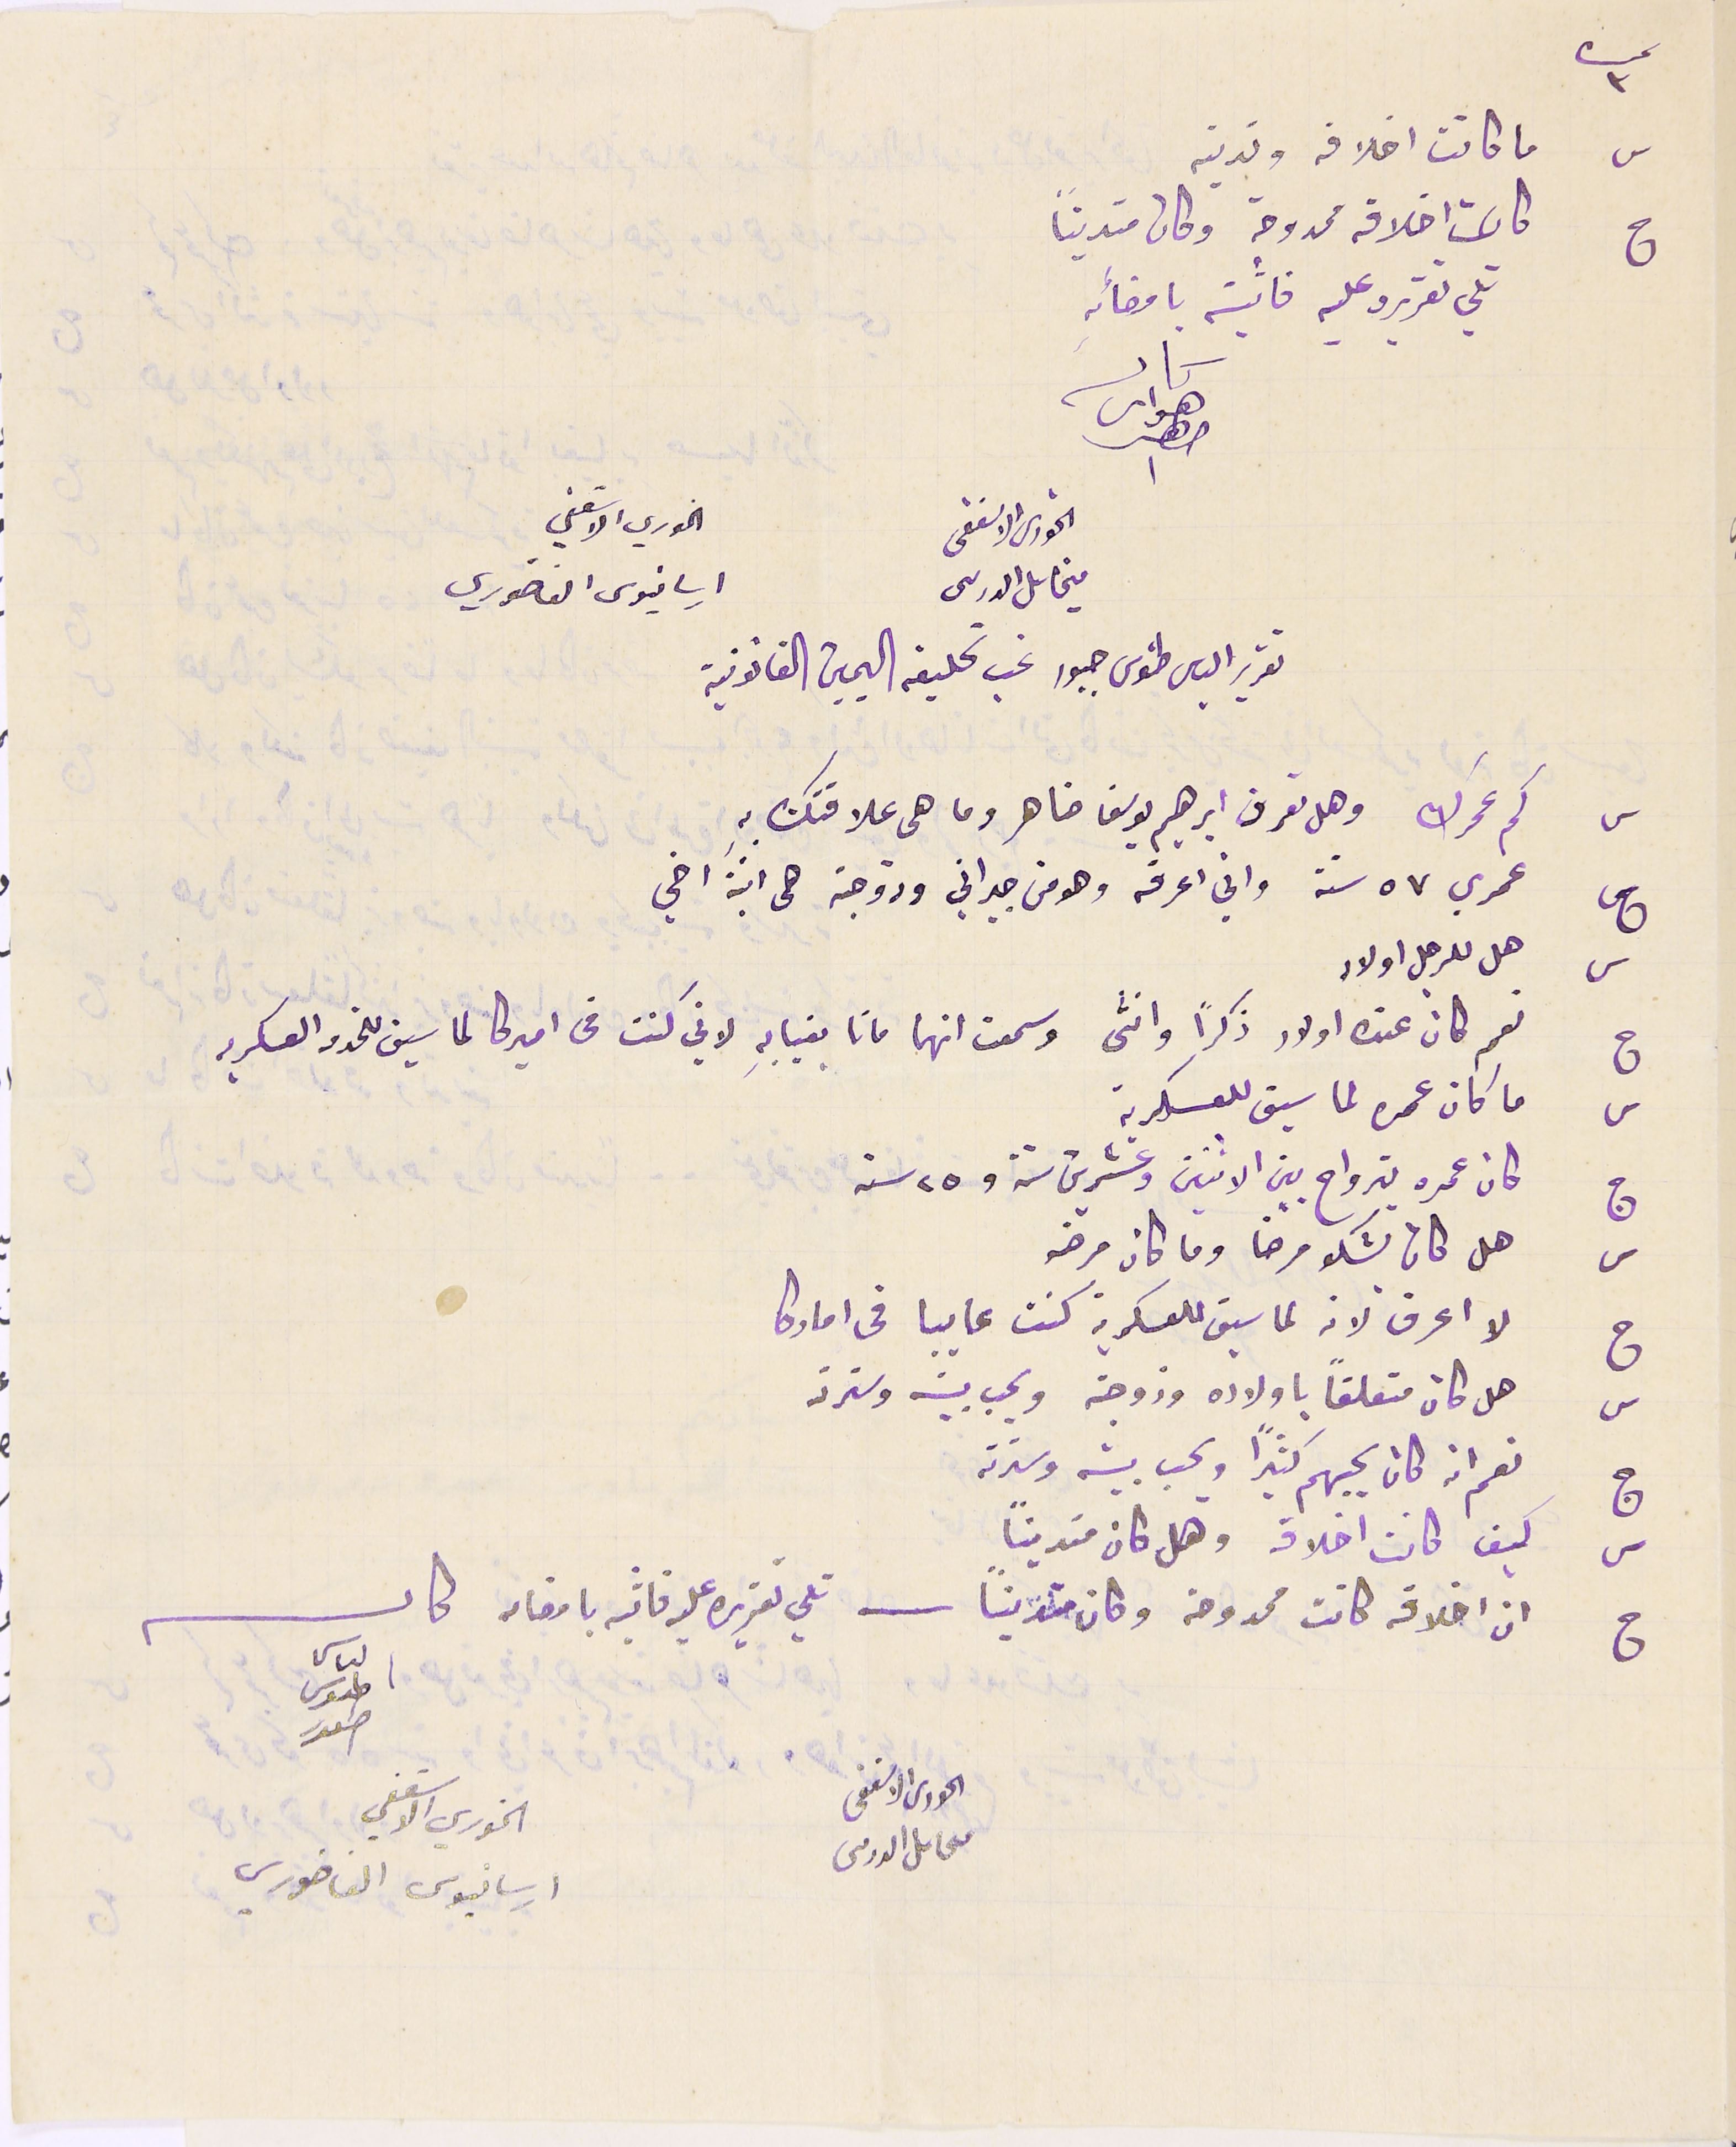
نمره ٣
س ما كانت اخلاقه وتدينه
ج كانت اخلاقه ممدوحة وكان متدينًا
تلي تقريره عليه فاثبتة بامضائهِ
الخوري الاسقفى                   الخوري الاسقفي
ميخاىل الدرىىى                        ارسانيوس الفاخوري
تقرير الياس طنوس جبور غب تحليفه اليمين القانونية
س كم عمرك وهل تعرف ابراهيم يوسف ضاهر وما هى علاقتك بهِ
ج عمري ٧٥ سنة واني اعرفه وهو من جيراني وزوجته هى ابنة اخي
ج نعم كان عنده اولاد ذكرًا وانثى وسمعت انهما ماتا بغيابه لاني كنت في اميركا لما سبق للخدمة العسكريه
س ما كان عمره لما سيق للعسكرية
ج كان عمره يترواح بين الاثنين وعشرين سنة و٢٥ سنه
س  هل كان يشكو مرضا وما كان مرضه
ج لا اعرف لانه سيق للعسكرية كنت عايبا في اماركا
س هل كان متعلقاً باولاده وزوجته ويحب بيته وسترته
ج نعم انه كان يحبهم كثيرًا ويحب بيته وسترته
س كيف كانت اخلاقه وهل كان متدينًا
ج ان اخلاقه كانت ممدوحة وكان متدينًا - تلي تقريره عليه فاثبته بامضاىه كاتب
 الياس طنوس اسعد
 الخوري الاسقفي ارسانيوس الفاخوري
الحورى الاسقفى مىحاىل الدرىىى
س هل للرجل اولاد